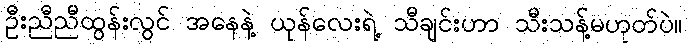
ဦးညီညီထွန်းလွင် အနေနဲ့ ယုန်လေးရဲ့ သီချင်းဟာ သီးသန့်မဟုတ်ပဲ။